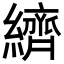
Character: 纃